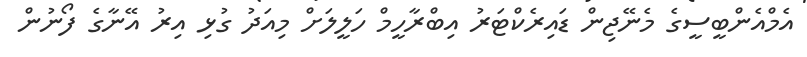
އެމްއެންބީސީގެ މެނޭޖިން ޑައިރެކްޓަރު އިބްރާހީމް ހަލީލަށް މިއަދު ގުޅި އިރު އޭނާގެ ފޯނުން